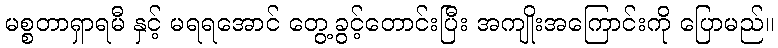
မစ္စတာရှာရမီ နှင့် မရရအောင် တွေ့ခွင့်တောင်းပြီး အကျိုးအကြောင်းကို ပြောမည်။